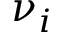
\nu _ { i }